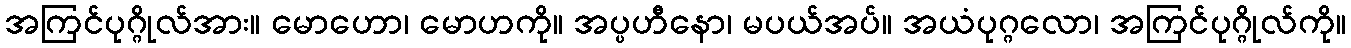
အကြင်ပုဂ္ဂိုလ်အား။ မောဟော၊ မောဟကို။ အပ္ပဟီနော၊ မပယ်အပ်။ အယံပုဂ္ဂလော၊ အကြင်ပုဂ္ဂိုလ်ကို။